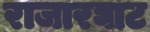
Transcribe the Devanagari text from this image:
राजारघाट